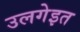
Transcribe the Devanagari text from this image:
उलगेइत